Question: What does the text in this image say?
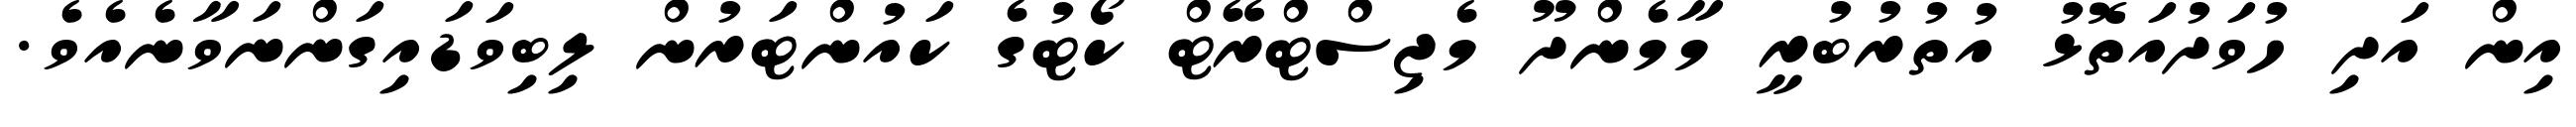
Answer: އިން އަދި ހުވަދުއަތޮޅު އުތުރުބުރީ މާމެންދޫ މެޖިސްޓްރޭޓް ކޯޓުގެ ކައުންޓަރުން ލިބިވަޑައިގަންނަވާނެއެވެ.